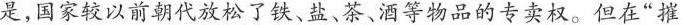
是,国家较以前朝代放松了铁、盐、茶、酒等物品的专卖权。但在“摧